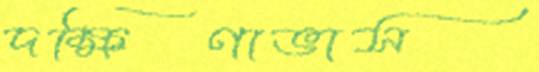
দক্ষিণাভাস